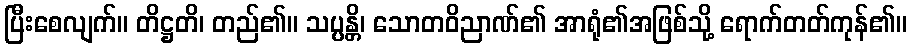
ပြီးစေလျက်။ တိဋ္ဌတိ၊ တည်၏။ သပ္ပန္တိ၊ သောတဝိညာဏ်၏ အာရုံ၏အဖြစ်သို့ ရောက်တတ်ကုန်၏။